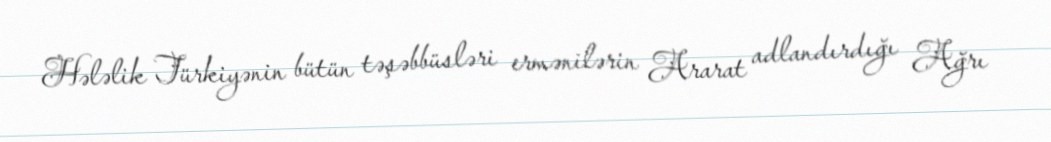
Hələlik Türkiyənin bütün təşəbbüsləri ermənilərin Ararat adlandırdığı Ağrı